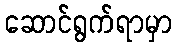
ဆောင်ရွက်ရာမှာ